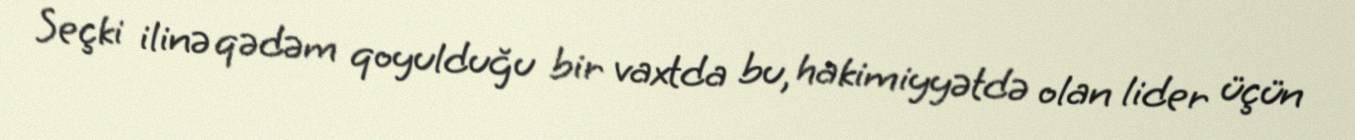
Seçki ilinə qədəm qoyulduğu bir vaxtda bu, hakimiyyətdə olan lider üçün